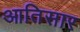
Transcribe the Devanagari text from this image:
आतिसार